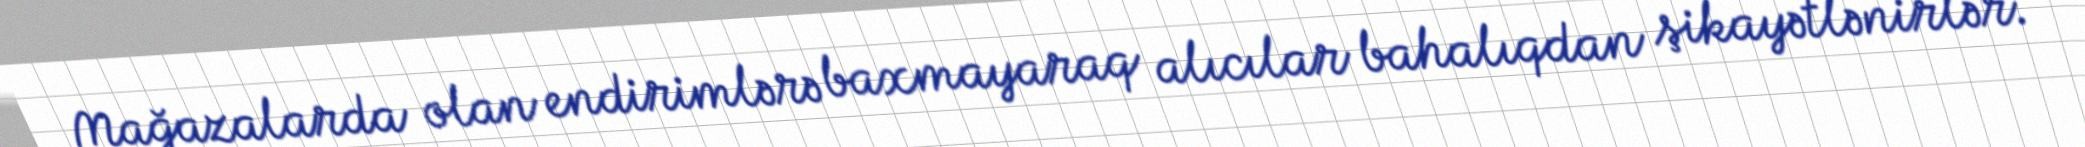
Mağazalarda olan endirimlərə baxmayaraq alıcılar bahalıqdan şikayətlənirlər.